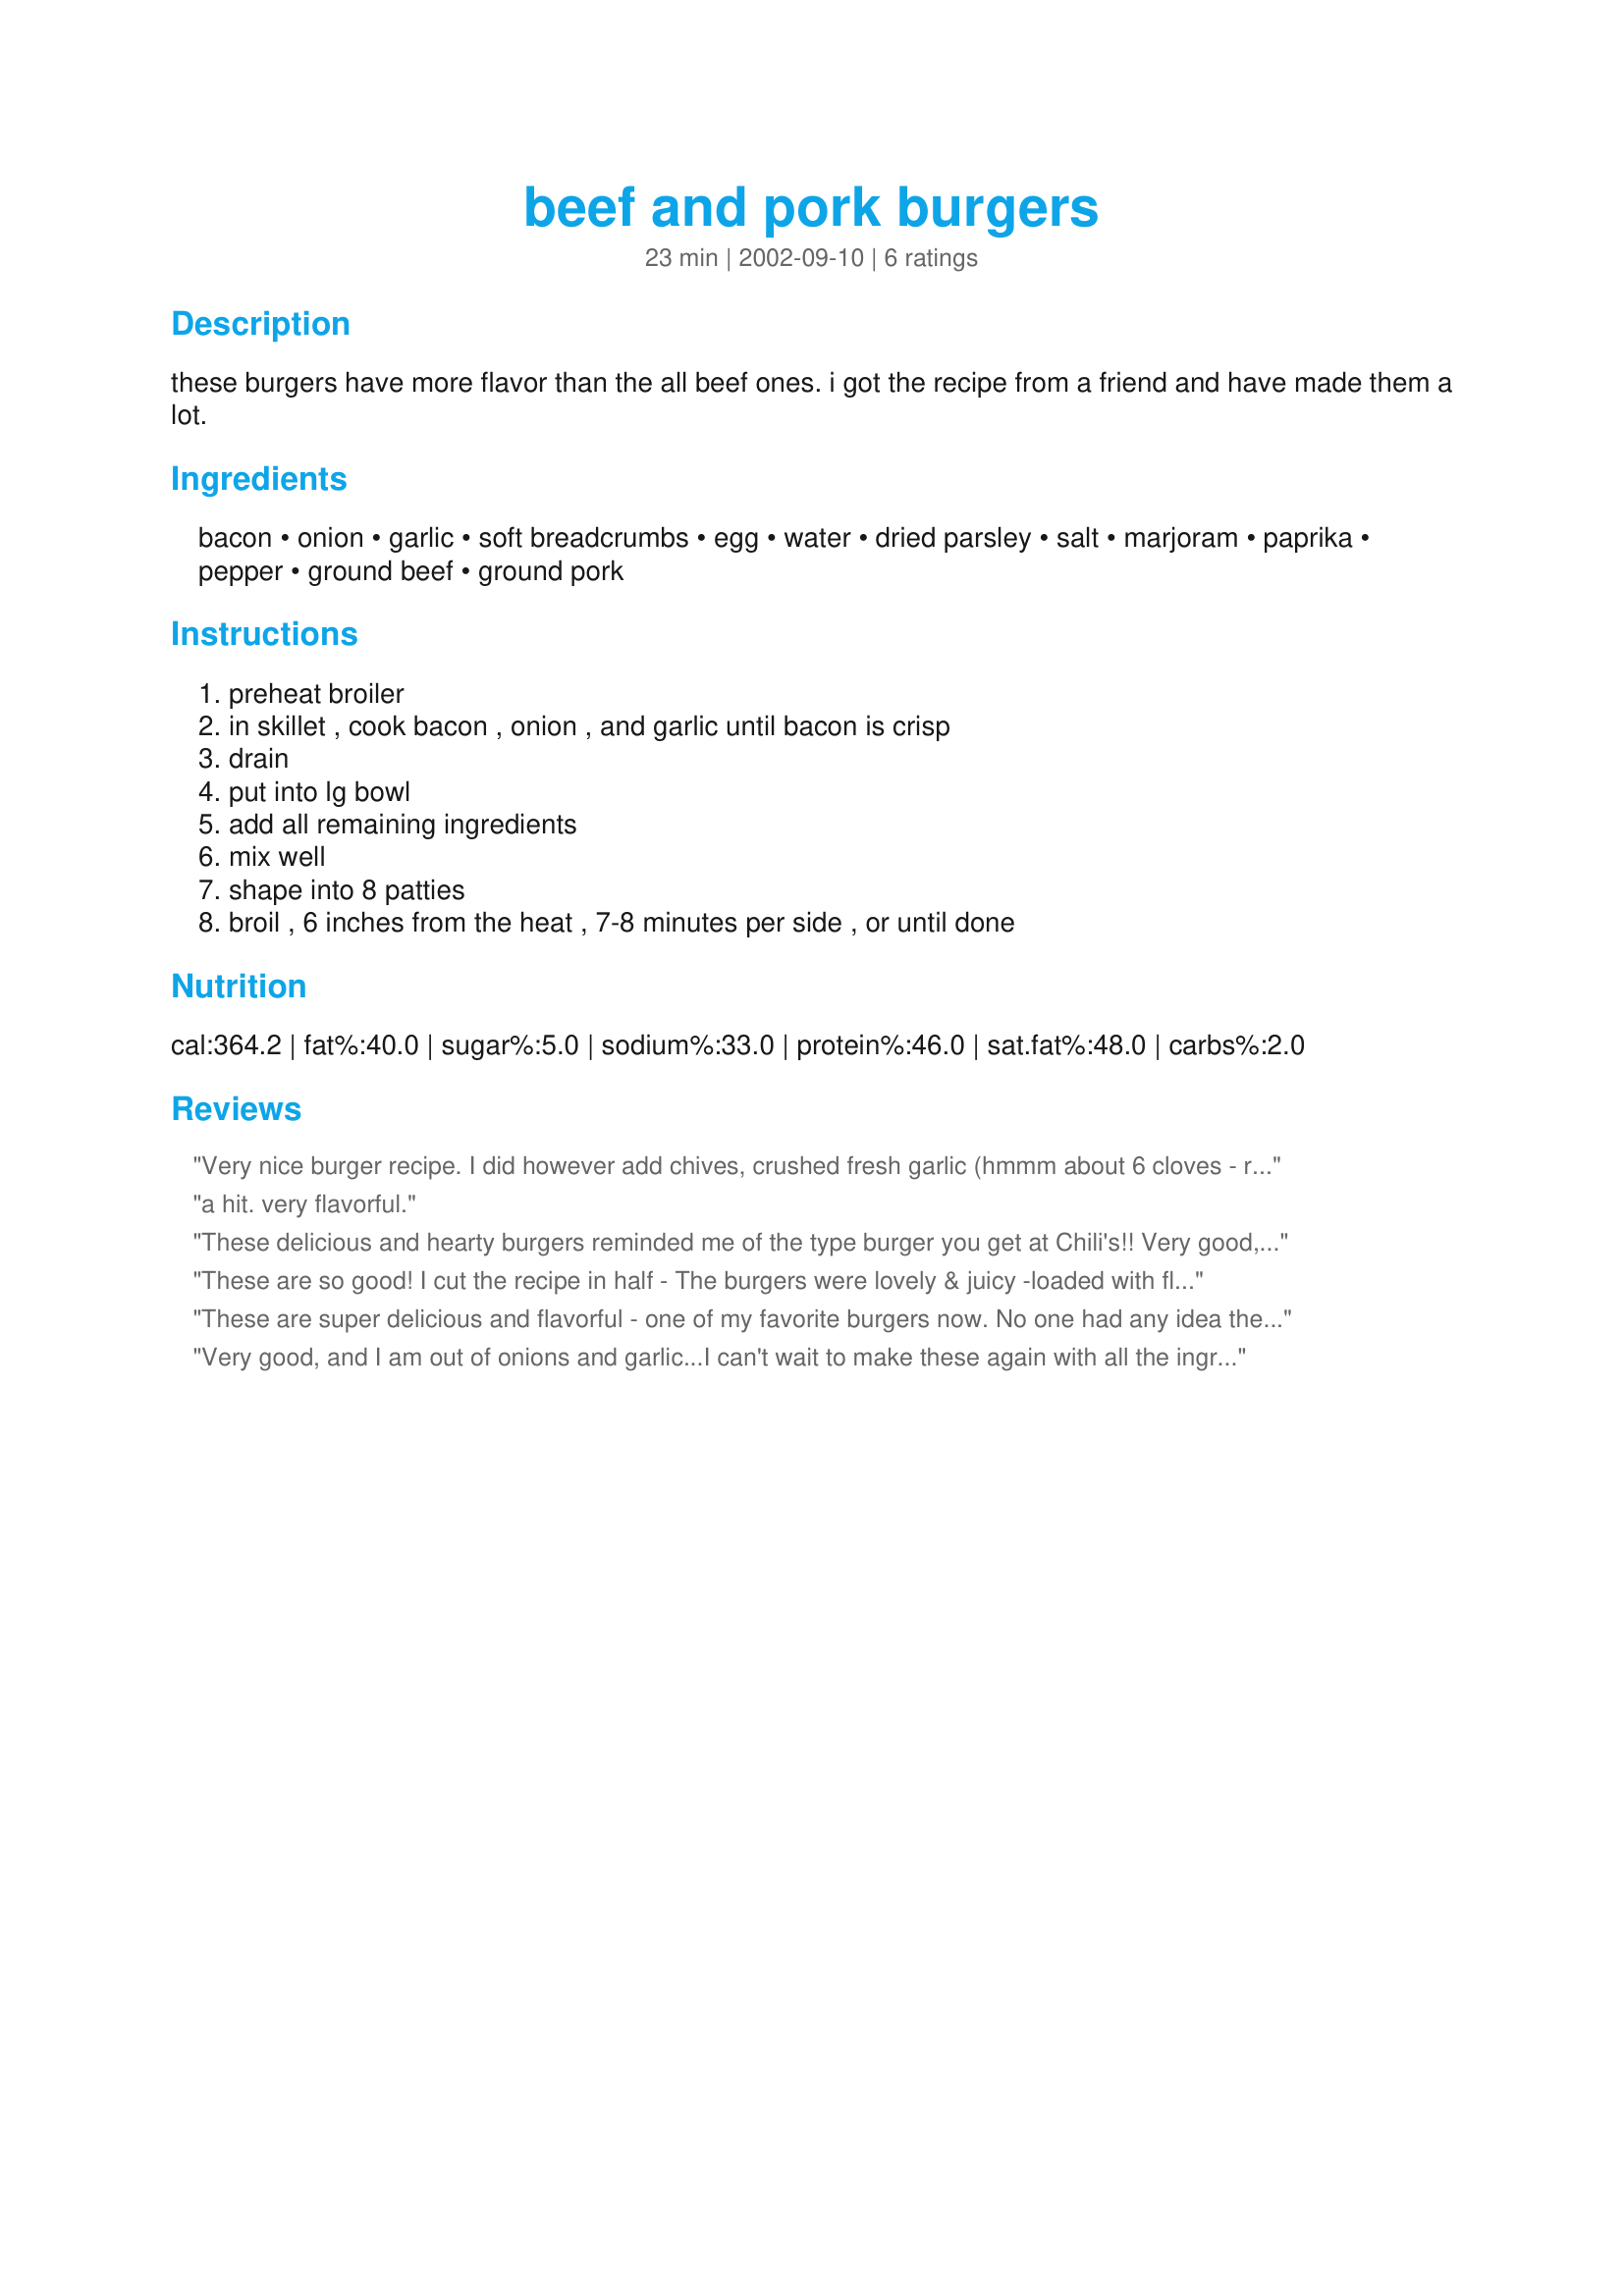
beef and pork burgers
Preparation time: 23 minutes

these burgers have more flavor than the all beef ones. i got the recipe from a friend and have made them a lot.

Ingredients:
bacon, onion, garlic, soft breadcrumbs, egg, water, dried parsley, salt, marjoram, paprika, pepper, ground beef, ground pork

Steps:
preheat broiler, in skillet , cook bacon , onion , and garlic until bacon is crisp, drain, put into lg bowl, add all remaining ingredients, mix well, shape into 8 patties, broil , 6 inches from the heat , 7-8 minutes per side , or until done

Reviews:
Very nice burger recipe. I did however add chives, crushed fresh garlic (hmmm about 6 cloves - remember we Love Garlic!!) but omitted the water as I had bought double eggs and this made up for the moisture in the mix! I also omitted the bacon - have to watch our cholesterol intake! 
I also let the "mix" blend in the fridge for half an hour before placing the patties on the charcoal. 
Thanks for sharing this recipe!
a hit. very flavorful.
These delicious and hearty burgers reminded me of the type burger you get at Chili's!! Very good, juicy, and easy to make. I served them as hamburger steaks (no bun) with herb rice and green beans. It was a belt-loosening dinner!!
These are so good! I cut the recipe in half - The burgers were lovely & juicy -loaded with flavor. A definite do again recipe. I had photos of the burgers but in error I deleted them - I will take more next time I make the recipe
30 June 10 I had one patty in the freezer so got a photo of it. They really freeze well. Next time I make these I will have them as a proper burger on a bun - I look forward to it
These are super delicious and flavorful - one of my favorite burgers now. No one had any idea they were made with half pork! Thanks for posting!
Very good, and I am out of onions and garlic...I can't wait to make these again with all the ingredients!
